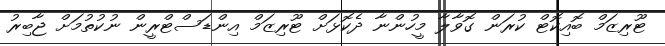
ޓޫރިޒަމް ބޮއިކޮޓް ކުރަން ގޮވާލާ މީހުންނާ ދެކޮޅަށް ޓޫރިޒަމް އިންޑަސްޓްރީން ނުކުތުމަށް ޖާބިރު